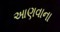
આણવાના